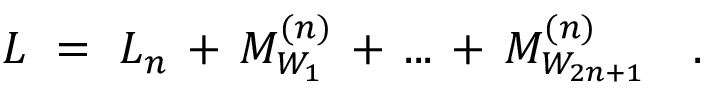
{ \cal L } \ = \ { \cal L } _ { n } \, + \, M _ { W _ { 1 } } ^ { ( n ) } \, + \, . . . \, + \, M _ { W _ { 2 n + 1 } } ^ { ( n ) } \ \ \ .